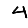
Digit: 4